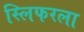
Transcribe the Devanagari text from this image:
स्लिफरला